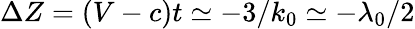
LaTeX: \Delta Z=(V-c)t\simeq-3/k_{0}\simeq-\lambda_{0}/2